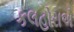
કલહોરાએ